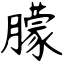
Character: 朦